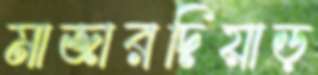
মাজারদিয়াড়